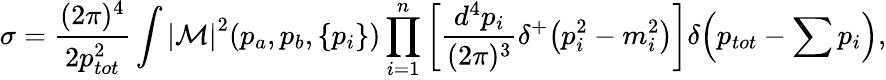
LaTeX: \sigma=\frac{(2\pi)^{4}}{2p_{tot}^{2}}\int{{|\cal{M}|}^{2}(p_{a},p_{b},\{ p_{i}\} )\prod_{i=1}^{n}{\left[\frac{d^{4}p_{i}}{(2\pi)^{3}}\delta^{+}\! \left(p_{i}^{2}-m_{i}^{2}\right)\right]}\delta\! \left(p_{tot}-\sum{p_{i}}\right),}